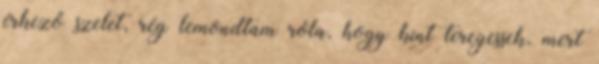
érkező szelet, rég lemondtam róla, hogy kint teregessek, mert